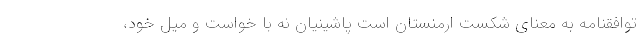
توافقنامه به معنای شکست ارمنستان است پاشینیان نه با خواست و میل خود،